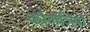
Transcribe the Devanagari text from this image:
कौलेजियों